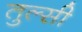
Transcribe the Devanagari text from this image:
तुल्सी